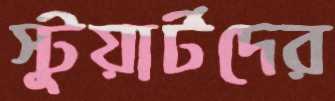
স্টুয়ার্টদের